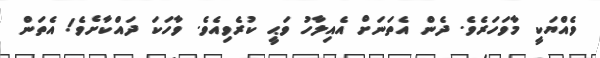
ވެއްޔަކީ މާވަހަރެވެ. ދެން އެތަނަށް އެއިލާހު ވަޙީ ކުރެވިއެވެ. ވާހަކަ ދައްކާށެވެ! އެތަން